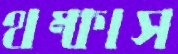
থম্‌কাস